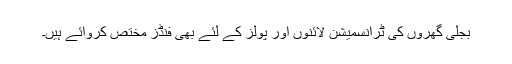
بجلی گھروں کی ٹرانسمیشن لائنوں اور پولز کے لئے بھی فنڈز مختص کروائے ہیں۔